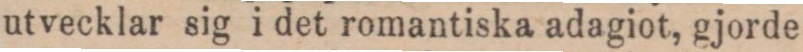
utvecklar sig i det romantiska adagiot, gjorde